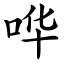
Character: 哗